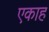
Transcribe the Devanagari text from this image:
एकाह